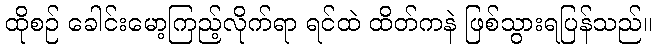
ထိုစဉ် ခေါင်းမော့ကြည့်လိုက်ရာ ရင်ထဲ ထိတ်ကနဲ ဖြစ်သွားရပြန်သည်။